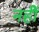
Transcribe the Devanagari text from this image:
नहीें